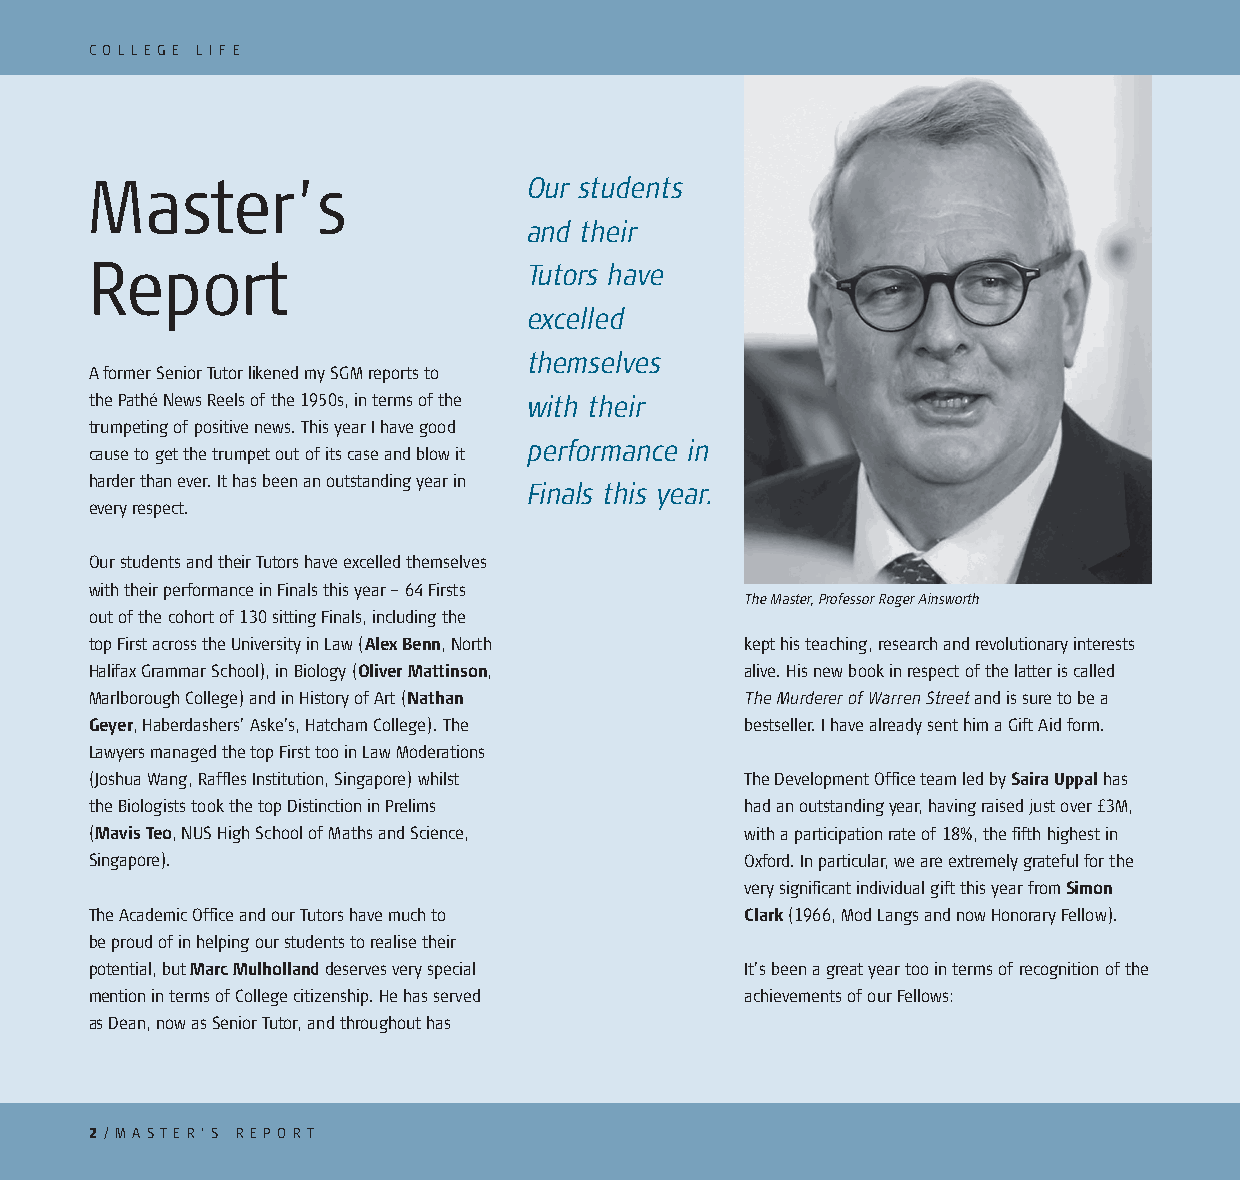
MC OELSLSEAGGEE SL I F E
 Master’s                     Our students
 and their
 Report
 Tutors have
 excelled
 themselves
 A former Senior Tutor likened my SGM reports to
 the Pathé News Reels of the 1950s, in terms of the with their
 trumpeting of positive news. This year I have good
 performance in
 cause to get the trumpet out of its case and blow it
 harder than ever. It has been an outstanding year in
 Finals this year.
 every respect.
 Our students and their Tutors have excelled themselves
 with their performance in Finals this year – 64 Firsts
 The Master, Professor Roger Ainsworth
 out of the cohort of 130 sitting Finals, including the
 top First across the University in Law (Alex Benn, North kept his teaching, research and revolutionary interests
 Halifax Grammar School), in Biology (Oliver Mattinson, alive. His new book in respect of the latter is called
 Marlborough College) and in History of Art (Nathan The Murderer of Warren Street and is sure to be a
 Geyer, Haberdashers’ Aske’s, Hatcham College). The bestseller. I have already sent him a Gift Aid form.
 Lawyers managed the top First too in Law Moderations
 (Joshua Wang, Raffles Institution, Singapore) whilst The Development Office team led by Saira Uppal has
 the Biologists took the top Distinction in Prelims had an outstanding year, having raised just over £3M,
 (Mavis Teo, NUS High School of Maths and Science, with a participation rate of 18%, the fifth highest in
 Singapore).                                Oxford. In particular, we are extremely grateful for the
 very significant individual gift this year from Simon
 The Academic Office and our Tutors have much to Clark (1966, Mod Langs and now Honorary Fellow).
 be proud of in helping our students to realise their
 potential, but Marc Mulholland deserves very special It’s been a great year too in terms of recognition of the
 mention in terms of College citizenship. He has served achievements of our Fellows:
 as Dean, now as Senior Tutor, and throughout has
 22 // AM AMSETSESRA’ SG ER EFPROORMT T H E M A ST E R